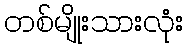
တစ်မျိုးသားလုံး